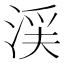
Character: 渓